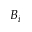
B _ { i }